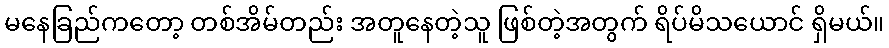
မနေခြည်ကတော့ တစ်အိမ်တည်း အတူနေတဲ့သူ ဖြစ်တဲ့အတွက် ရိပ်မိသယောင် ရှိမယ်။